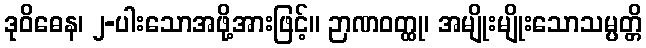
ဒုဝိဓေန၊ ၂-ပါးသောအဖို့အားဖြင့်။ ဉာဏဝတ္ထု၊ အမျိုးမျိုးသောသမ္ပတ္တိ